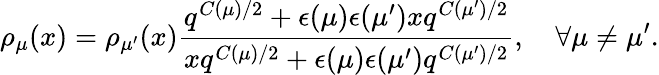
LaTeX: \rho_{\mu}(x)=\rho_{\mu^{\prime}}(x)\frac{q^{C(\mu)/2}+\epsilon(\mu)\epsilon(\mu^{\prime})xq^{C(\mu^{\prime})/2}}{xq^{C(\mu)/2}+\epsilon(\mu)\epsilon(\mu^{\prime})q^{C(\mu^{\prime})/2}},~~~~\forall\mu\neq\mu^{\prime}.